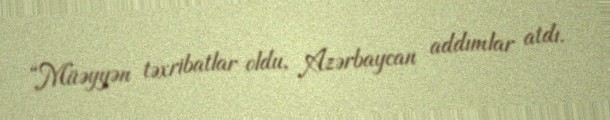
“Müəyyən təxribatlar oldu, Azərbaycan addımlar atdı.